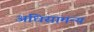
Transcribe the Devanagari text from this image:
अधिसामन्य